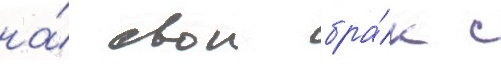
на́ свои бра́к с